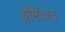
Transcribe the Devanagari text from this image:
हृष्टिवाद